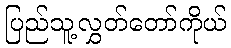
ပြည်သူ့လွှတ်တော်ကိုယ်